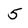
Character: 5